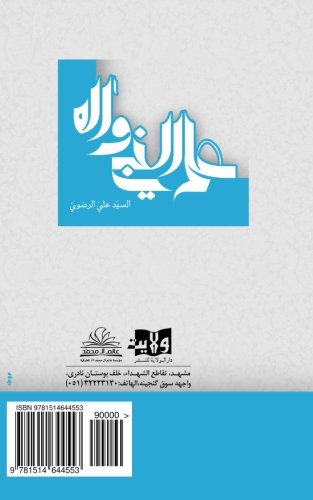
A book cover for Knowledge of the Prophet and His Progeny (Arabic Edition); Sayed Ali Radhawi; Religion & Spirituality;